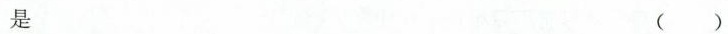
是()